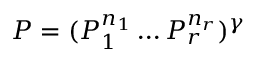
P = ( P _ { 1 } ^ { n _ { 1 } } \dots P _ { r } ^ { n _ { r } } ) ^ { \gamma }